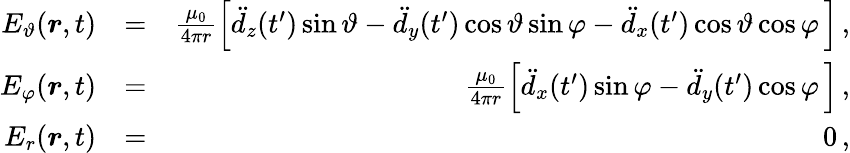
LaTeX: \begin{array}{rlr}{E_{\vartheta}(\boldsymbol{r},t)}&{=}&{\frac{\mu_{0}}{4\pi r}\Big[\ddot{d}_{z}(t^{\prime})\sin\vartheta-\ddot{d}_{y}(t^{\prime})\cos\vartheta\sin\varphi-\ddot{d}_{x}(t^{\prime})\cos\vartheta\cos\varphi\, \Big]\, ,}\\ {E_{\varphi}(\boldsymbol{r},t)}&{=}&{\frac{\mu_{0}}{4\pi r}\Big[\ddot{d}_{x}(t^{\prime})\sin\varphi-\ddot{d}_{y}(t^{\prime})\cos\varphi\, \Big]\, ,}\\ {E_{r}(\boldsymbol{r},t)}&{=}&{0\, ,}\end{array}